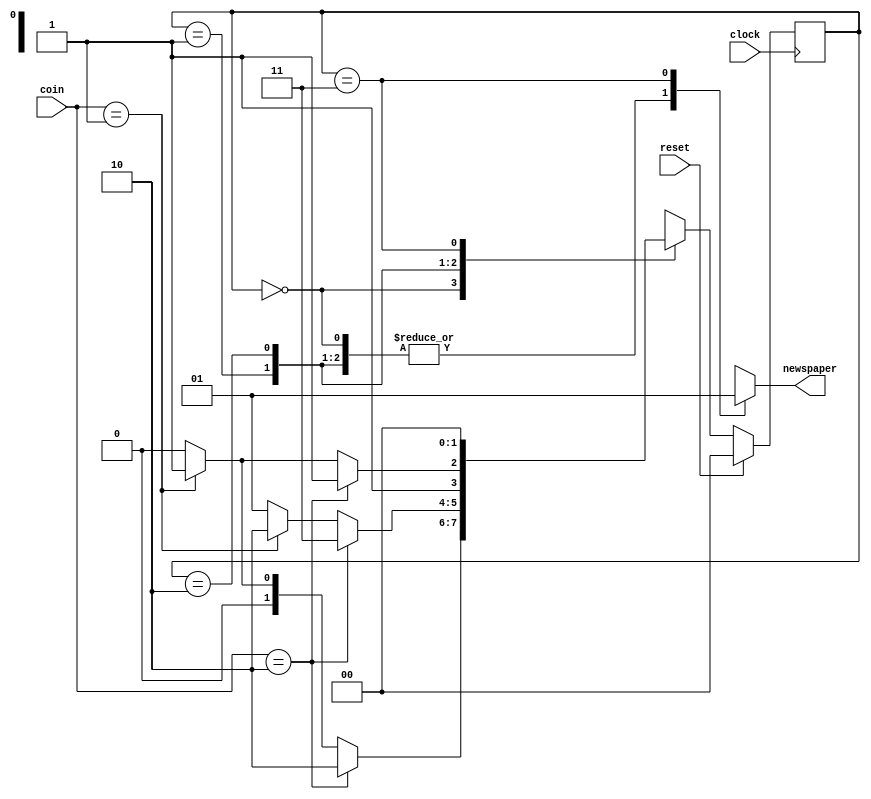
/**************************************************************************
Adapted from Example 14-6 RTL Description for Newspaper Vending Machine FSM
"Verilog HDL  A Guide to Digital Design and Synthesis"
By Samir Palnitkar, Prentice Hall, ISBN 0-13-451675-3 
**************************************************************************/
//Design the newspaper vending machine coin acceptor
//using a FSM approach
module vend( coin, clock, reset, newspaper);

//Input output port declarations
input [1:0] coin;             
input clock;
input reset;
output newspaper;                   
wire newspaper;

//internal FSM state declarations
wire [1:0] NEXT_STATE;
reg [1:0] PRES_STATE;

//state encodings
parameter s0 = 2'b00;         
parameter s5 = 2'b01;         
parameter s10 = 2'b10;        
parameter s15 = 2'b11;        

//Combinational logic
function [2:0] fsm;
	input [1:0] fsm_coin;         
	input [1:0] fsm_PRES_STATE;

	reg fsm_newspaper;                  
	reg [1:0] fsm_NEXT_STATE;

begin
	case (fsm_PRES_STATE)
	s0: //state = s0
	begin
		if (fsm_coin == 2'b10)
		begin
			fsm_newspaper = 1'b0;
			fsm_NEXT_STATE = s10;
		end
		else if (fsm_coin == 2'b01)
		begin
			fsm_newspaper = 1'b0;
			fsm_NEXT_STATE = s5;
		end
		else 
		begin
			fsm_newspaper = 1'b0;
			fsm_NEXT_STATE = s0;
		end
	end
	s5: //state = s5
	begin
		if (fsm_coin == 2'b10)
		begin
			fsm_newspaper = 1'b0;
			fsm_NEXT_STATE = s15;
		end
		else if (fsm_coin == 2'b01)
		begin
			fsm_newspaper = 1'b0;
			fsm_NEXT_STATE = s10;
		end
		else 
		begin
			fsm_newspaper = 1'b0;
			fsm_NEXT_STATE = s5;
		end
	end
	s10: //state = s10
	begin
		if (fsm_coin == 2'b10)
		begin
			fsm_newspaper = 1'b0;
			fsm_NEXT_STATE = s15;
		end
		else if (fsm_coin == 2'b01)
		begin
			fsm_newspaper = 1'b0;
			fsm_NEXT_STATE = s15;
		end
		else 
		begin
			fsm_newspaper = 1'b0;
			fsm_NEXT_STATE = s10;
		end
	end
	s15: //state = s15
	begin
		fsm_newspaper = 1'b1;
		fsm_NEXT_STATE = s0;
	end
	endcase
	fsm = {fsm_newspaper, fsm_NEXT_STATE};
end
endfunction

//Reevaluate combinational logic each time a coin
//is put or the present state changes
assign {newspaper, NEXT_STATE} = fsm(coin, PRES_STATE);

//clock the state flipflops.  
//use synchronous reset
always @(posedge clock)
begin
	if (reset == 1'b1)
		PRES_STATE =  s0;
	else
		PRES_STATE =  NEXT_STATE;
end

endmodule